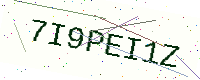
Text: 7I9PEI1Z